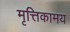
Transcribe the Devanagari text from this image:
मृत्तिकामय